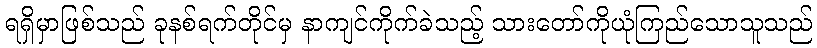
ရရှိမှာဖြစ်သည် ခုနစ်ရက်တိုင်မှ နာကျင်ကိုက်ခဲသည့် သားတော်ကိုယုံကြည်သောသူသည်